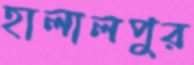
হালালপুর